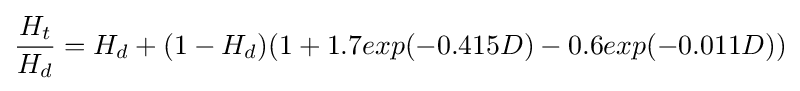
{\frac {H_{t}}{H_{d}}}=H_{d}+(1-H_{d})(1+1.7exp(-0.415D)-0.6exp(-0.011D))